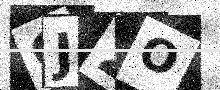
Text: GJ2O